Report on vaccination in Madras 1877-1894 - 1877-1894
Year: 1877
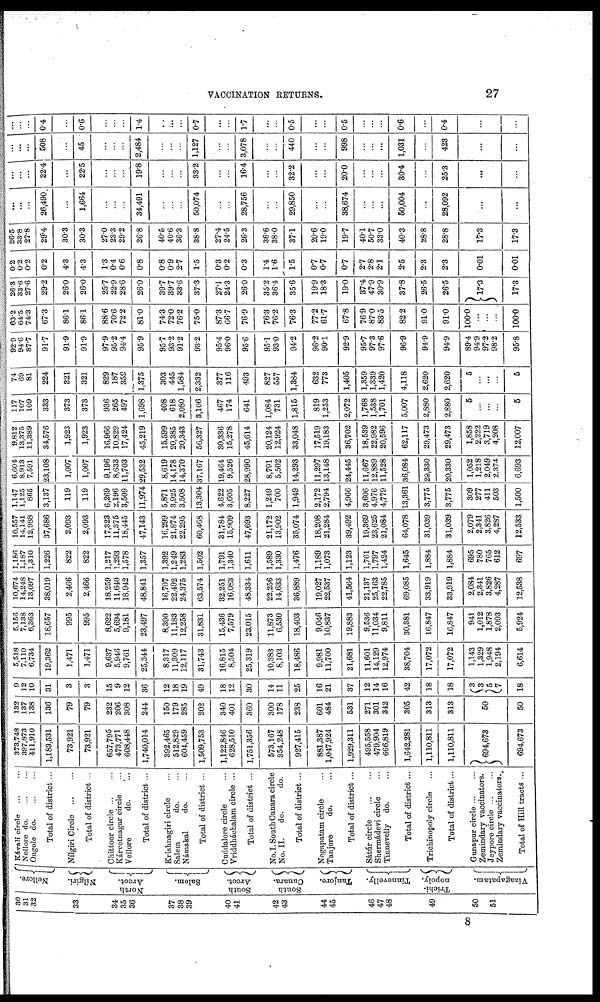
VACCINATION RETURNS.
27
30
31
32
33
34
35
36
37
38
39
40
41
42
43
44
45
46
47
48
49
50
51
Nellore.
Nílgiri.
North
Arcot.
Salem.
South
Arcot.
South
Canara.
Tanjore.
Tinnevelly.
Trichi-
nopoly
Vizagapatam.
Kávali circle ... ...
Nellore do. ... ...
Ongole do. ... ...
Total of district ...
Nílgiri Circle
...
...
Total of district ...
Chittoor circle
...
...
Kárvetnagar circle ...
Vellore
do. ...
Total of district ...
Krishnagiri circle ...
Salem
do. ...
Námakal
do. ...
Total of district ...
Cuddalore circle ...
Vriddháchalam circle ...
Total of district ...
No. I. South Canara circle
No. II.
do.
do.
Total of district ...
Negapatam circle ...
Tanjore
do. ...
Total of district ...
Sátúr circle
...
...
Shermádevi circle ...
Tinnevelly
do. ...
Total of district ...
Trichinopoly circle ...
Total of district...
Gunapur circle
...
...
Zemindary vaccinators.
Jeypore circle ... ...
Zemindary vaccinators.
Total of Hill tracts ...
373,748
397,873
411,910
1,183,531
73,921
73,921
657,795
473,771
608,448
1,740,014
392,465
512,829
604,459
1,509,753
1,122,846
628,510
1,751,356
573,167
354,248
927,415
881,387
1,047,924
1,929,311
495,558
479,904
666,819
1,642,281
1,110,811
1,110,811
694,673
694,673
132
137
138
136
79
79
232
206
308
244
150
179
285
202
340
401
360
300
178
238
601
484
531
271
301
342
305
313
313
50
50
9
12
10
31
3
3
15
9
12
36
12
18
19
49
18
12
30
14
11
25
16
21
37
12
14
16
42
18
18
3
3
5
7
18
5,518
7,110
6,734
19,362
1,471
1,471
9,637
5,946
9,761
25,344
8,317
11,309
12,117
31,743
16,815
8,504
25,319
10,383
8,103
18,486
9,981
11,700
21,681
11,601
14,129
12,974
38,704
17,072
17,072
1,143
1,329
1,948
2,194
6,614
5,156
7,138
6,363
18,657
995
995
8,622
5,694
9,181
23,497
8,390
11,183
12,258
31,831
15,436
7,579
23,015
11,873
6,530
18,403
9,046
10,837
19,883
9,536
11,034
9,811
30,381
16,847
16,847
941
1,012
1,878
2,093
5,924
10,674
14,248
13,097
38,019
2,466
2,466
18,259
11,640
18,942
48,841
16,707
22,492
24,375
63,574
32,251
16,083
48,334
22,256
14,633
36,889
19,027
22,537
41,564
21,137
25,163
22,785
69,085
33,919
33,919
2,084
2,341
3,826
4,287
12,538
1,186
1,187
1,310
1,226
822
822
1,217
1,293
1,578
1,357
1,392
1,249
1,283
1,502
1,791
1,340
1,611
1,589
1,330
1,476
1,189
1,073
1,123
1,761
1,797
1,424
1,645
1,884
1,884
695
780
765
612
697
10,557
14,141
12,988
37,686
2,093
2,093
17,323
11,375
18,445
47,143
16,299
21,874
22,295
60,468
31,784
15,909
47,693
21,172
13,902
35,074
18,208
21,284
39,492
19,369
23,625
21,084
64,078
31,039
31,039
2,079
2,341
3,826
4,287
12,533
1,147
1,125
865
3,137
119
119
6,269
2,196
3,509
11,974
5,871
3,925
3,508
13,304
4,622
3,605
8,227
1,249
700
1,949
2,172
2,794
4,966
3,606
4,976
4,779
13,361
3,775
3,775
309
277
411
503
1,500
6,604
8,913
7,591
23,108
1,007
1,007
9,196
8,633
11,703
29,532
8,619
14,178
14,370
37,167
19,464
9,526
28,990
8,791
5,502
14,293
11,297
13,148
24,445
11,667
12,889
11,528
36,084
20,330
20,330
1,052
1,218
2,049
2,374
6,693
9,812
13,375
11,389
34,576
1,923
1,923
16,966
10,829
17,424
45,219
15,599
20,385
20,343
56,327
30,336
15,278
45,614
20,124
12,924
33,048
17,519
19,183
36,702
18,539
22,982
20,596
62,117
29,473
29,473
1,858
2,222
3,719
4,208
12,007
117
107
109
333
373
373
936
265
497
1,698
408
618
2,080
3,106
467
174
641
1,084
731
1,815
819
1,253
2,072
1,768
1,538
1,701
5,007
2,880
2,880
5
...
...
...
5
74
69
81
224
321
321
829
187
359
1,375
303
445
1,584
2,332
377
116
493
827
557
1,384
632
773
1,405
1,359
1,339
1,420
4,118
2,620
2,620
5
...
...
...
5
92.9
94.6
87.7
91.7
91.9
91.9
97.9
95.2
94.4
95.9
95.7
93.2
91.1
93.2
95.4
96.0
95.6
95.1
93.0
94.2
96.2
90.1
92.9
95.7
97.3
97.6
96.9
94.9
94.9
89.4
94.9
97.2
98.2
95.8
63.2
64.5
74.3
67.3
86.1
86.1
88.6
70.6
72.2
81.0
74.3
72.0
76.2
75.0
87.3
66.7
76.9
76.3
76.2
76.3
77.2
61.7
67.8
76.9
87.0
83.5
82.2
91.0
91.0
100.0
...
...
...
100.0
26.3
33.6
27.6
29.2
26.0
26.0
25.7
22.9
28.6
26.0
39.7
39.7
33.6
37.3
27.1
24.3
26.0
35.2
36.4
35.6
19.9
18.3
19.0
37.4
47.9
30.9
37.8
26.5
26.4
17.3
17.3
0.2
0.2
0.2
0.2
4.3
4.3
1.3
0.4
0.6
0.8
0.8
0.9
2.7
1.5
0.3
0.2
0.3
1.4
1.6
1.5
0.7
0.7
0.7
2.7
2.8
2.1
2.5
2.3
2.3
0.01
0.01
26.5
33.8
27.8
29.4
30.3
30.3
27.0
23.3
29.2
26.8
40.5
40.6
36.3
38.8
27.4
24.5
26.3
36.6
38.0
37.1
20.6
19.0
19.7
40.1
50.7
33.0
40.3
28.8
28.8
17.3
17.3
...
...
...
26,490
...
1,664
...
...
...
34,491
...
...
...
50,074
...
...
28,756
...
...
29,850
...
...
38,674
...
...
...
50,004
...
28,092
...
...
...
...
...
22.4
...
22.5
...
...
...
19.8
...
...
...
33.2
...
...
16.4
...
...
32.2
...
...
20.0
...
...
...
30.4
...
25.3
...
...
...
...
...
508
...
45
...
...
...
2,484
...
...
...
1,127
...
...
3,078
...
...
440
...
...
998
...
...
...
1,031
...
423
...
...
...
...
...
0.4
...
0.6
...
...
...
1.4
...
...
...
0.7
...
...
1.7
...
...
0.5
...
...
0.5
...
...
...
0.6
...
0.4
...
...
8